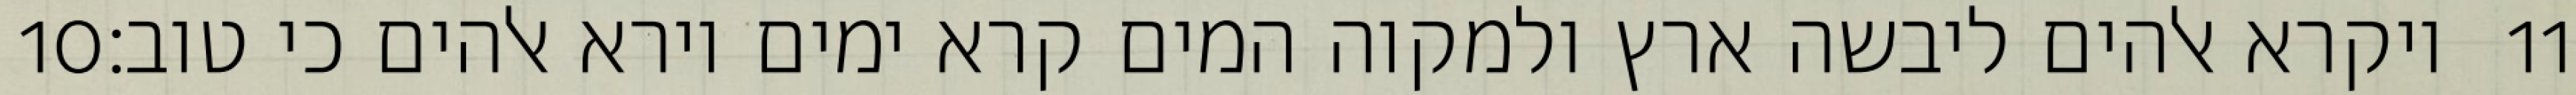
‎10‏ ויקרא אלהים ליבשה ארץ ולמקוה המים קרא ימים וירא אלהים כי טוב׃ ‎11‏